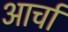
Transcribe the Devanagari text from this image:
आर्चा